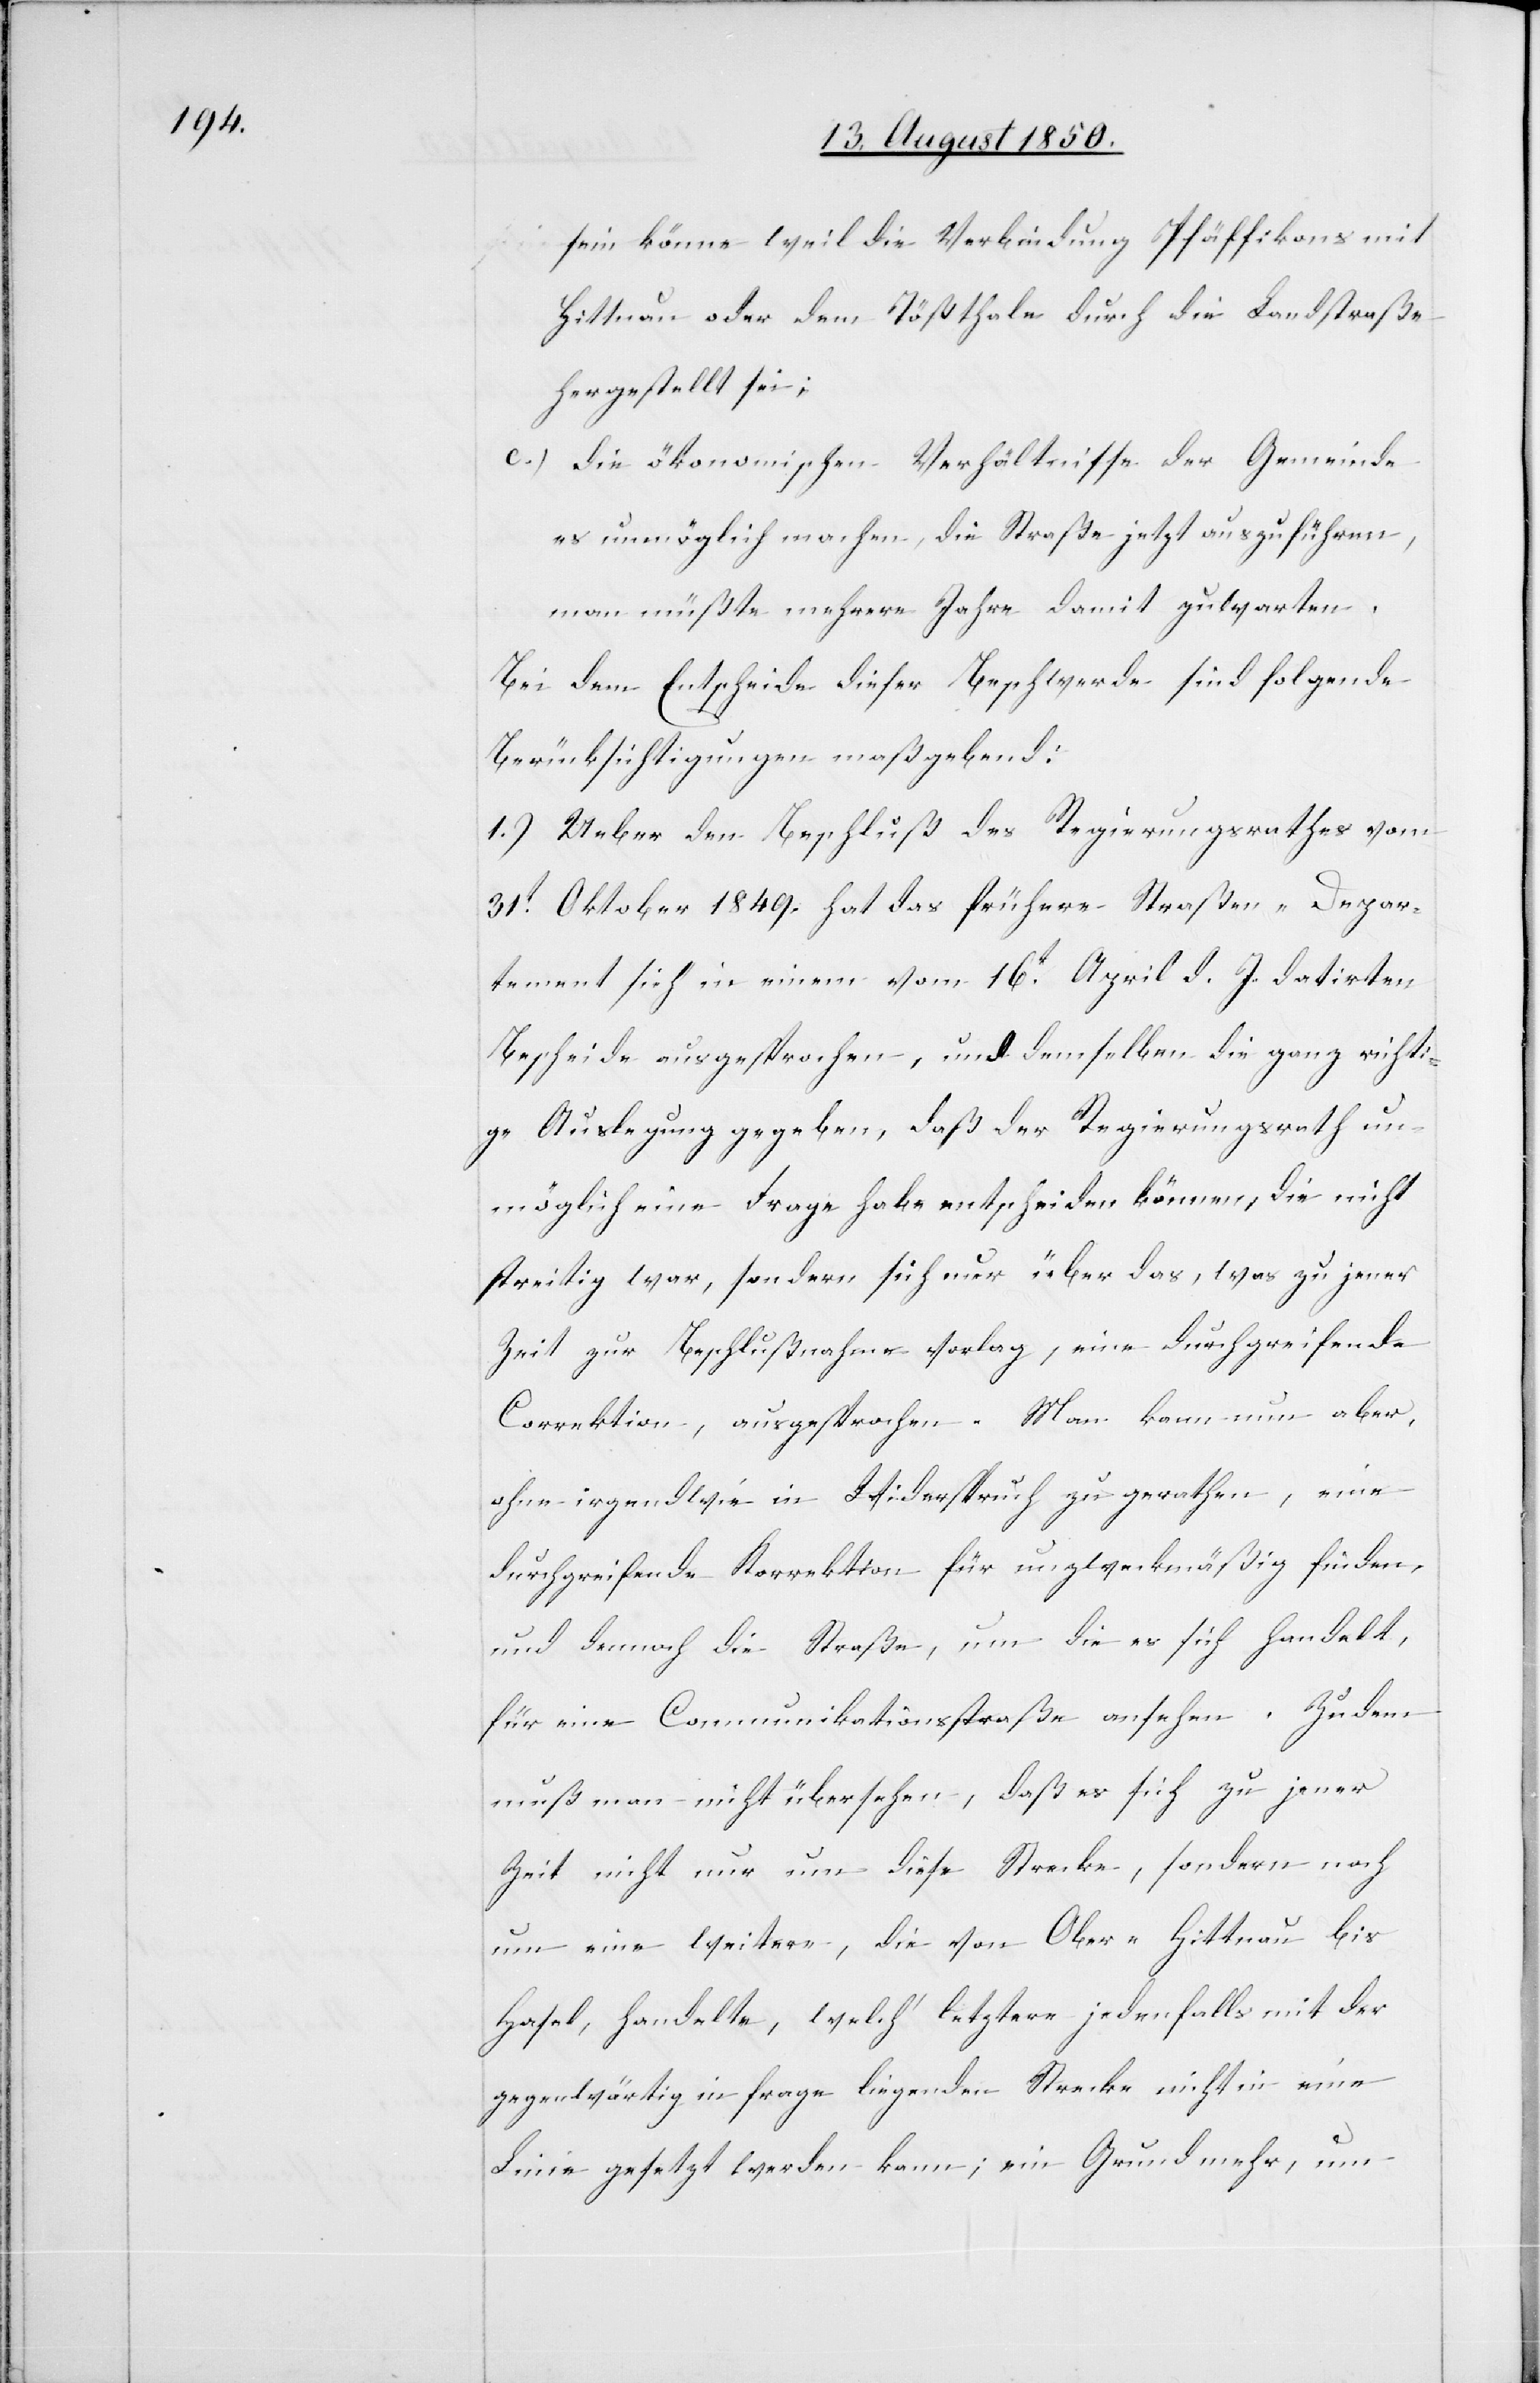
sein könne weil die Verbindung Pfäffikons mit
Hittnau oder dem Tößthale durch die Landstraße
hergestellt sei;
c.) die ökonomischen Verhältnisse der Gemeinde
es unmöglich machen, die Straße jetzt auszuführen,
man müßte mehrere Jahre damit zuwarten.
Bei dem Entscheide dieser Beschwerde sind folgende
Berücksichtigungen maßgebend:
1.) Ueber den Beschluß des Regierungsrathes vom
31t Oktober 1849. hat das frühere Straßen-Depar¬
tement sich in einem vom 16t April d. J. datirten
Bescheide ausgesprochen, und demselben die ganz richti¬
ge Auslegung gegeben, daß der Regierungsrath un¬
möglich eine Frage habe entscheiden können, die nicht
streitig war, sondern sich nur über das, was zu jener
Zeit zur Beschlußnahme vorlag, eine durchgreifende
Correktion, ausgesprochen. Man kann nun aber,
ohne irgendwie in Widerspruch zu gerathen, eine
durchgreifende Korrektion für unzweckmäßig finden,
und dennoch die Straße, um die es sich handelt,
für eine Communikationsstraße ansehen. Zudem
muß man nicht übersehen, daß es sich zu jener
Zeit nicht nur um diese Strecke, sondern noch
um eine weitere, die von Ober-Hittnau bis
Hasel, handelte, welch‘ letztere jedenfalls mit der
gegenwärtig in frage liegenden Strecke nicht in eine
Linie gesetzt werden kann; ein Grund mehr, um